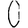
Digit: 0